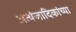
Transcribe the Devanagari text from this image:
अत्यंजादिकांच्या